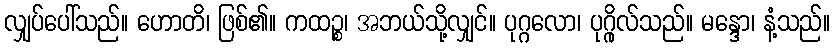
လျှပ်ပေါ်သည်။ ဟောတိ၊ ဖြစ်၏။ ကထဉ္စ၊ အဘယ်သို့လျှင်။ ပုဂ္ဂလော၊ ပုဂ္ဂိုလ်သည်။ မန္ဒော၊ နံ့သည်။